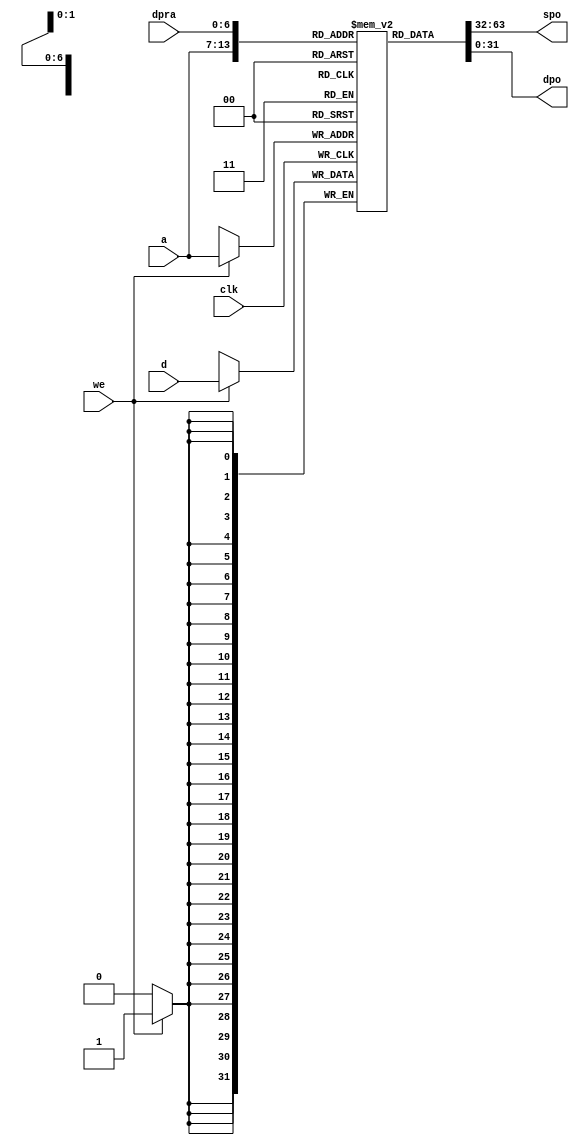
module rf_dist_cm4(
	a,
	d,
	dpra,
	clk,
	we,
	spo,
	dpo);


input [6 : 0] a;
input [31 : 0] d;
input [6 : 0] dpra;
input clk;
input we;
output [31 : 0] spo;
output [31 : 0] dpo;

reg	[31:0]		mem [127:0];
integer i;

initial begin
	for (i = 0; i < 128; i = i + 1) begin
		mem[i] <= 32'h0;
	end
end

//
// Write port
//
always @(posedge clk)
	if (we) mem[a] <= #1 d;

//
// Read port A
//

assign spo = mem[a];
assign dpo = mem[dpra];

endmodule